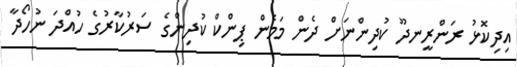
އިދިކޮޅު ރަންރީނދޫ ކުދިންނަށް ދެން މަމެން ޕިންކް ކުދިންގެ ސަރުކާރުގެ ހުއްދަ ނުހޯދާ